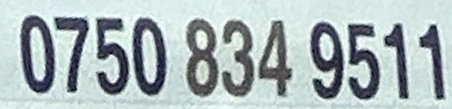
0750 834 9511